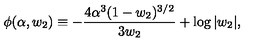
\phi ( \alpha , w _ { 2 } ) \equiv - { \frac { 4 \alpha ^ { 3 } ( 1 - w _ { 2 } ) ^ { 3 / 2 } } { 3 w _ { 2 } } } + \log | w _ { 2 } | ,